Civil Veterinary Department. Central Provinces & Berar 1925-31 - 1925-1931
Year: 1925
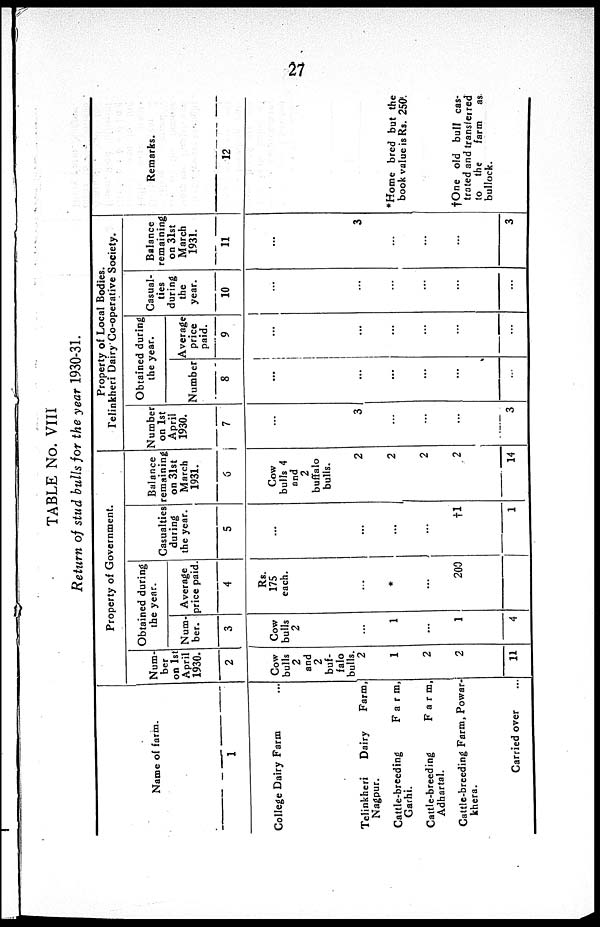
27
TABLE No. VIII
Return of stud bulls for the year 1930-31.
Name of farm.
1
College Dairy Farm ...
Telinkheri
Dairy
Farm,
Nagpur.
Cattle-breeding
Farm,
Garhi.
Cattle-breeding
Farm,
Adhartal.
Cattle-breeding Farm, Powar
khera.
Carried over ...
Property of Government.
Num-
ber
on 1st
April
1930.
2
Cow
bulls
2
and
2
buf-
falo
bulls. 2
1
2
2
11
Obtained during
the year.
Num-
ber.
3
Cow
bulls
2
...
1
...
1
4
Average
price paid.
4
Rs.
175
each.
...
*
...
203
...
Casualties
during
the year.
5
...
...
...
...
†1
1
Balance
remaining
on 31st
March
1931.
6
Cow
bulls 4
and
2
buffalo
bulls.
2
2
2
2
14
Property of Local Bodies.
Telinkheri Dairy Co-operative Society.
Number
on 1st
April
1930.
7
...
3
...
...
...
3
Obtained during
the year.
Number
8
...
...
...
...
...
...
Average
price
paid.
9
...
...
...
...
...
...
Casual-
ties
during
the
year.
10
...
...
...
...
...
...
Balance
remaining
on 31st
March
1931.
11
...
3
...
...
...
3
Remarks.
12
*Home bred but the
book value is Rs. 250.
†One old bull cas-
trated and transferred
to the
farm
as
bullock.